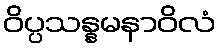
ဝိပ္ပသန္နမနာဝိလံ